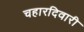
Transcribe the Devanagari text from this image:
चहारदिवारी